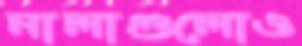
নালাগুলোও